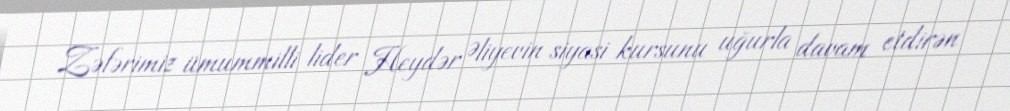
Zəfərimiz ümummilli lider Heydər Əliyevin siyasi kursunu uğurla davam etdirən